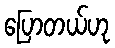
ပြောတယ်ဟု